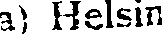
a) Helsin